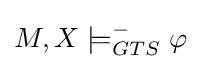
M,X\models _{GTS}^{-}\varphi